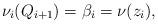
LaTeX: \begin{align*}\nu_i(Q_{i+1})=\beta_i=\nu(z_i),\end{align*}